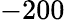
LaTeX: -200